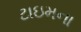
ટાઇમના